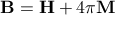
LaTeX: \mathbf { B } = \mathbf { H } + 4 \pi \mathbf { M }